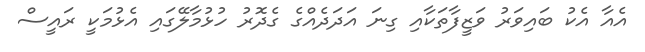
އެއާ އެކު ބައިވަރު ވަޒީފާތަކާއި ގިނަ އަދަދެއްގެ ގެދޮރު ހުޅުމާލޭގައި އެޅުމަކީ ރައީސް